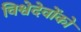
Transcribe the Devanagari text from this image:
विश्वेदेवोंको